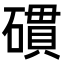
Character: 𥖏